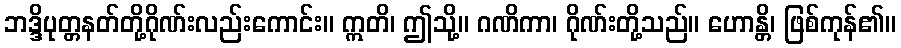
ဘဒ္ဒိပုတ္တနတ်တို့ဂိုဏ်းလည်းကောင်း။ ဣတိ၊ ဤသို့။ ဂဏိကာ၊ ဂိုဏ်းတို့သည်။ ဟောန္တိ၊ ဖြစ်ကုန်၏။